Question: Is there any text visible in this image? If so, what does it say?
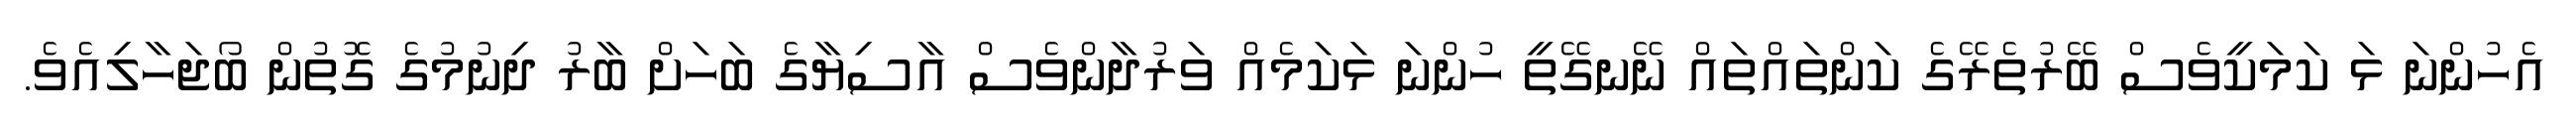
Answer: އެހުންނަ ޅަ ކަމަކީވެސް ބޭރުތެރޭގެ ކަންތައްތައް ނޭނގޭތީ ހުންނަ ޅަކަމެއް ވަރުދާންވެސް އާސިޔާގެ ބަހަށް ބާރު ދިނުމުގެ ގޮތުން ބޯޖަހާލިއެވެ.